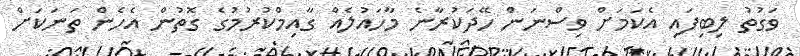
ވަގުތު ލިބިފައި އެކަމަށް ވިސްނަން ހޭދަކުރާނެ މާހައުލެއް ގާއިމްކުރުމުގެ ގޮތުން އެހެން ތަނަކަށް